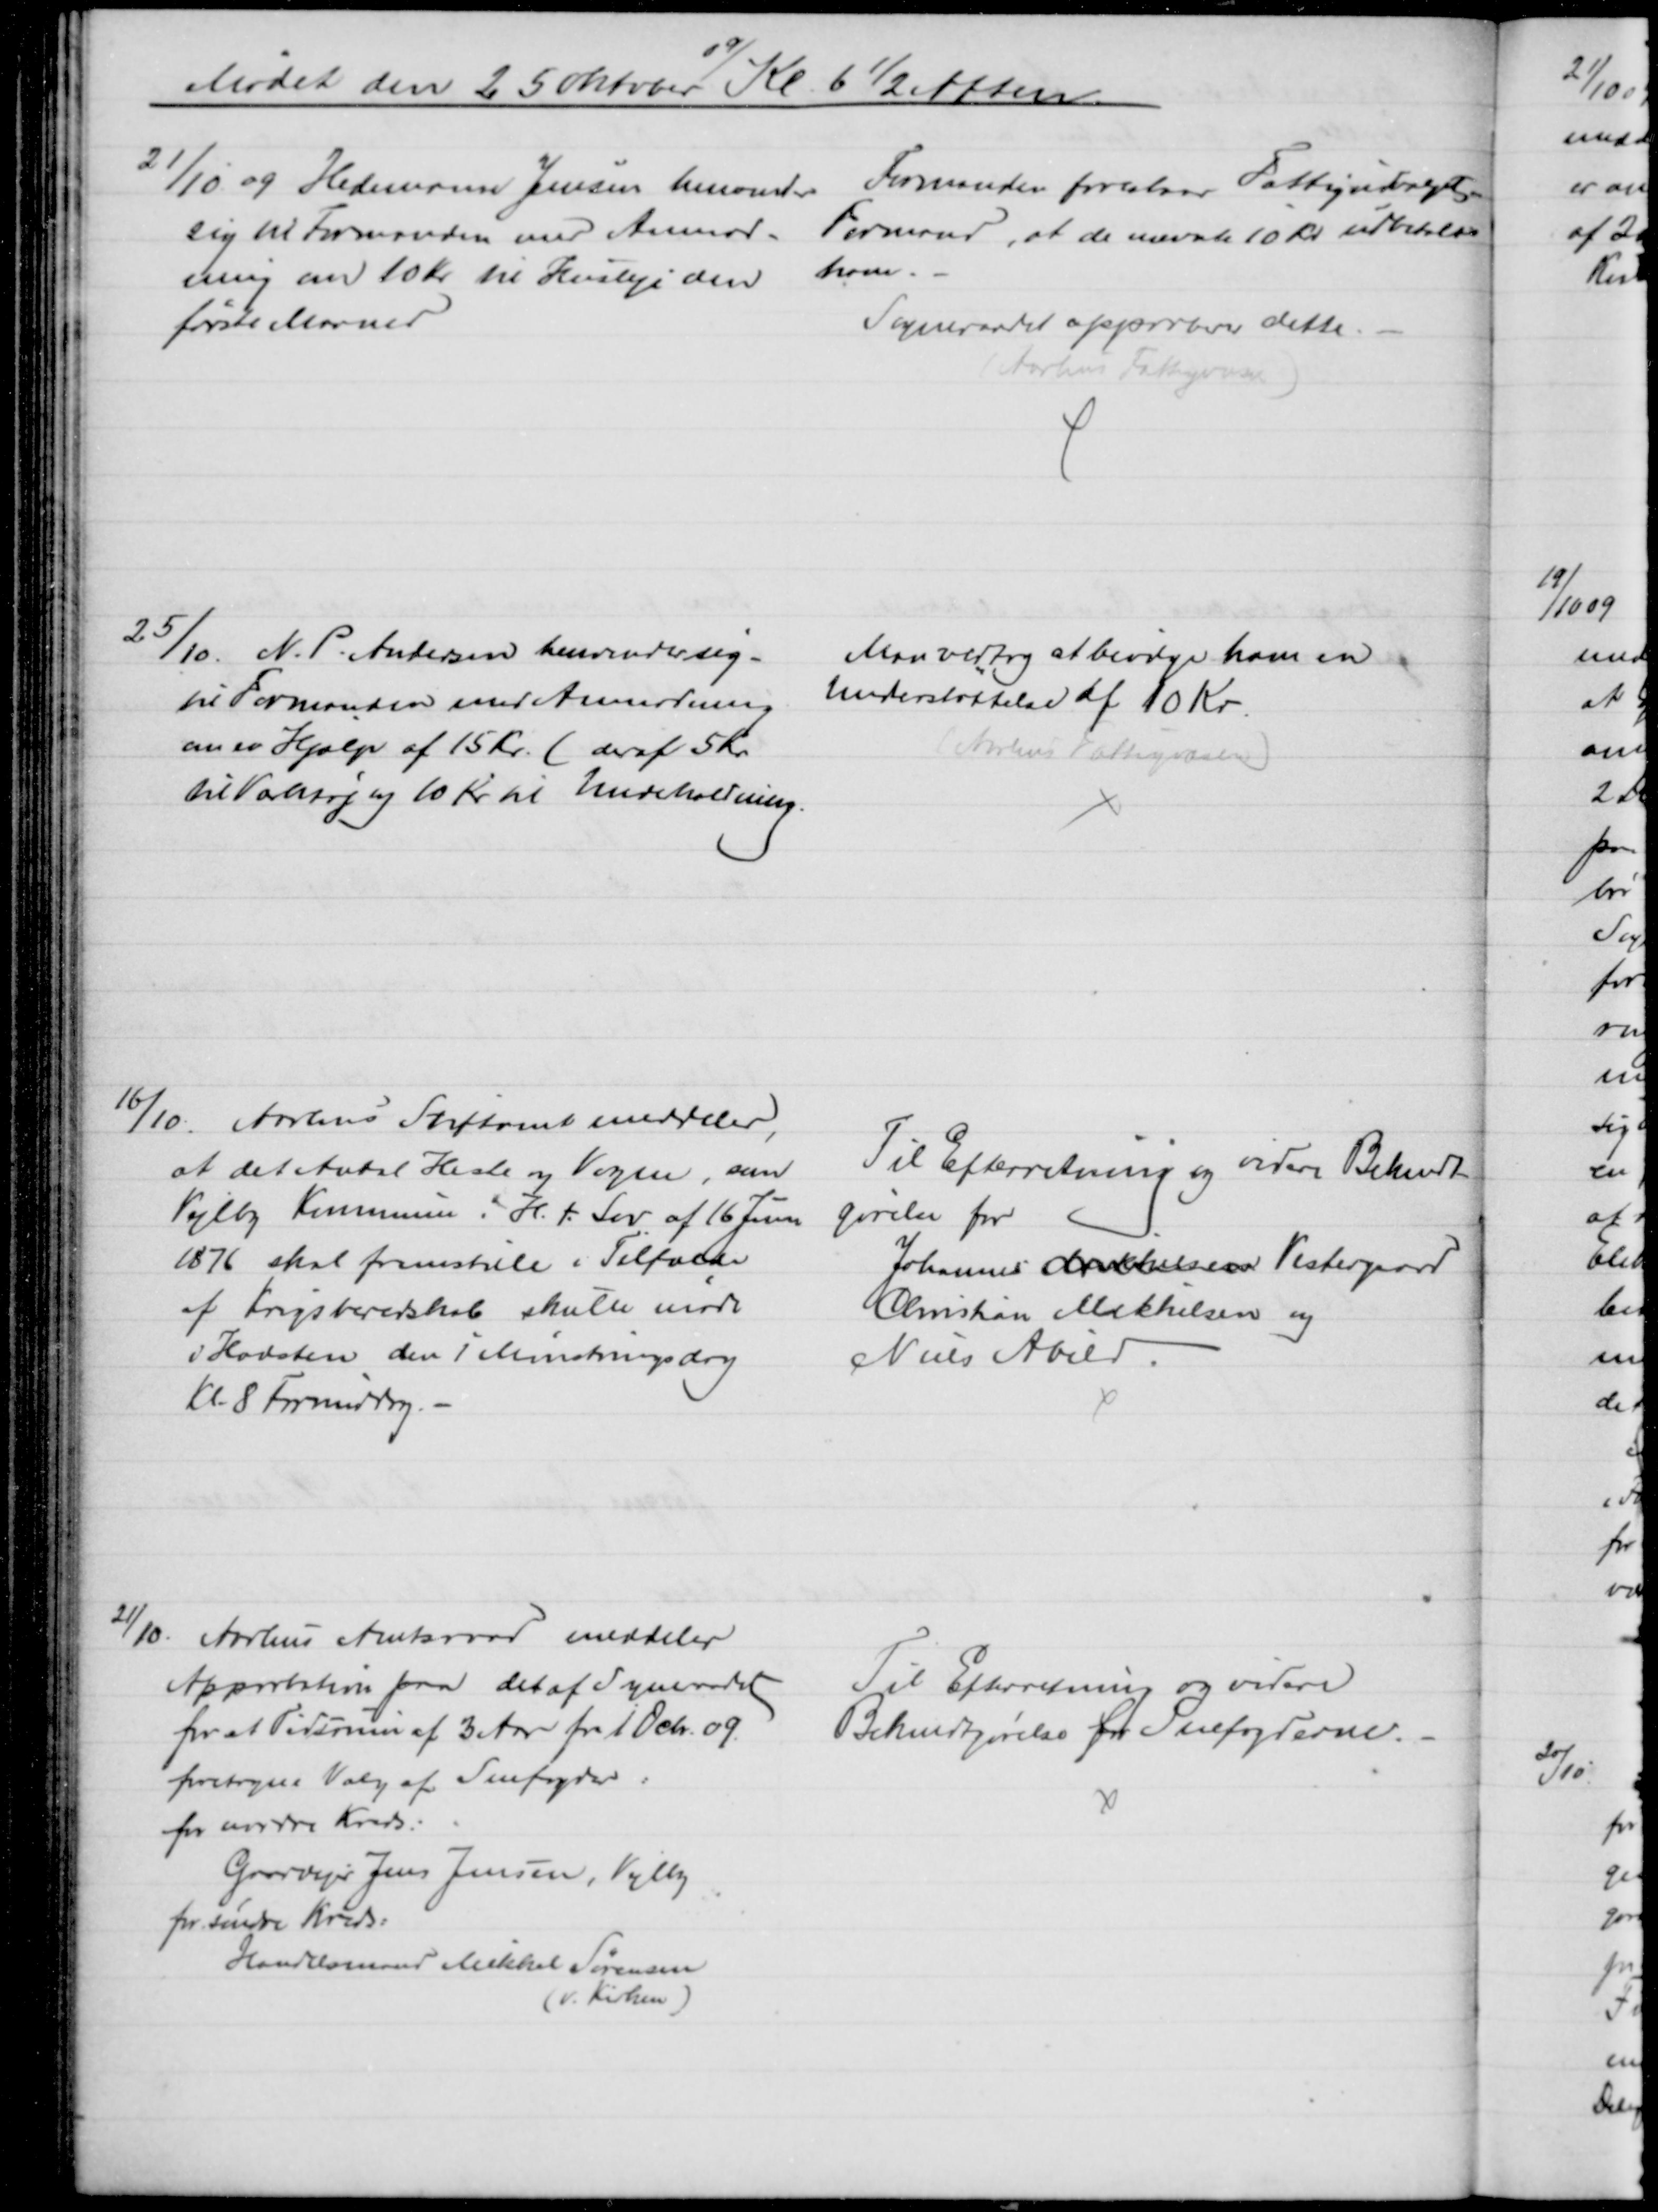
Transskription:
Mødet den 25 Oktober 
09
Kl. 6½ Aften.
21/10 09 Hedemann Jensen henvender
sig til Formanden med Anmod-
ning om 10 Kr til Husleje den
første Maaned
Formanden foreslaar Fattigudvalgets
Formand, at de nævnte 10 Kr udbetales
ham.
Sogneraadet approberer dette
(Aarhus Fattigvæsen)
25/10. N. P. Andersen henvender sig
til Formanden med Anmodning
om en Hjælp af 15 Kr. (deraf 5 Kr
til Vasktøj og 10 Kr. til Undeholdning.
Man vedtog at bevilge ham en
Understøttelse af 10 Kr.
(Aarhus Fattigvæsen)
16/10.
Aarhus Stiftamt meddeler,
at det Antal Heste og Vogne, som
Vejlby Kommune i H. t. Lov af 16 Juni
1876 skal fremstille i Tilfælde
af Krigsberedskab skulle møde
i Hadsten den 1 Mønstringsdag
Kl. 8 Formiddag.
Til Efterretning og videre Bekendt-
gørelse for
Johannes Mikkelsen Vestergaard
Christian Mikkelsen og
Niels Abild.
21/10
Aarhus Amtsraad meddeler
Approbation paa det af Sognerådet
for et Tidsrum af 3 Aar fra 1 Debr. 09
foretagne Valg af Snefogder:
for nordre Kreds:
Gaardejer Jens Jensen, Vejlby
for søndre Kreds:
Handelsmand Mikkel Sørensen
(v. Kirken)
Til Efterretning og videre
Bekendtgørelse for Snefogderne.